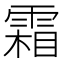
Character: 霜